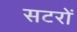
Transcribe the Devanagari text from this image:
सटरों